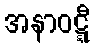
အနာဝဋ္ဋီ